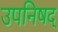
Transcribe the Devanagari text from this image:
उपनिषद्